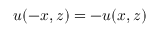
u ( - x , z ) = - u ( x , z )